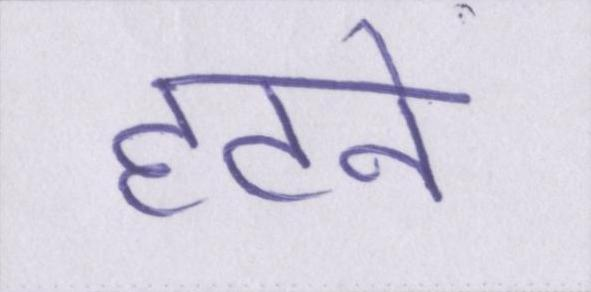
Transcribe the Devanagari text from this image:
हटने